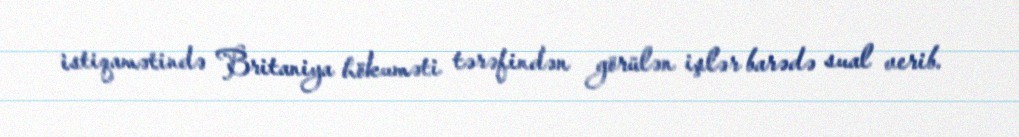
istiqamətində Britaniya hökuməti tərəfindən görülən işlər barədə sual verib.